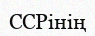
ССРінің